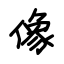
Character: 像